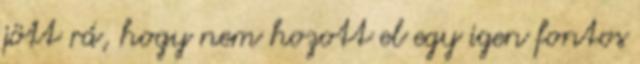
jött rá, hogy nem hozott el egy igen fontos